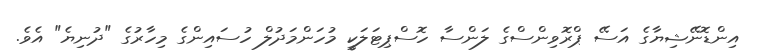
އިންޑޮނޭޝިޔާގެ އަސޭ ޕްރޮވިންސްގެ ލަންސާ ހޮސްޕިޓަލަކީ މުހަންމަދުލް ހުސައިންގެ މިހާރުގެ "ދުނިޔެ" އެވެ.